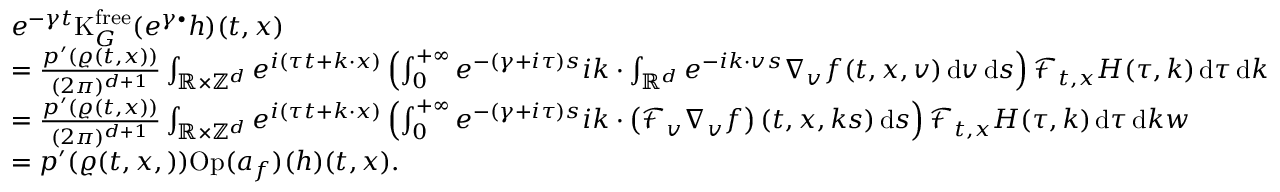
\begin{array} { r l } & { e ^ { - \gamma t } \mathrm { K } _ { G } ^ { \mathrm { f r e e } } ( e ^ { \gamma \bullet } h ) ( t , x ) } \\ & { = \frac { p ^ { \prime } ( \varrho ( t , x ) ) } { ( 2 \pi ) ^ { d + 1 } } \int _ { \mathbb R \times \mathbb Z ^ { d } } e ^ { i ( \tau t + k \cdot x ) } \left( \int _ { 0 } ^ { + \infty } e ^ { - ( \gamma + i \tau ) s } i k \cdot \int _ { \mathbb R ^ { d } } e ^ { - i k \cdot v s } \nabla _ { v } f ( t , x , v ) \, \mathrm { d } v \, \mathrm { d } s \right) \mathcal { F } _ { t , x } H ( \tau , k ) \, \mathrm { d } \tau \, \mathrm { d } k } \\ & { = \frac { p ^ { \prime } ( \varrho ( t , x ) ) } { ( 2 \pi ) ^ { d + 1 } } \int _ { \mathbb R \times \mathbb Z ^ { d } } e ^ { i ( \tau t + k \cdot x ) } \left( \int _ { 0 } ^ { + \infty } e ^ { - ( \gamma + i \tau ) s } i k \cdot \left( \mathcal { F } _ { v } \nabla _ { v } f \right) ( t , x , k s ) \, \mathrm { d } s \right) \mathcal { F } _ { t , x } H ( \tau , k ) \, \mathrm { d } \tau \, \mathrm { d } k w } \\ & { = p ^ { \prime } ( \varrho ( t , x , ) ) \mathrm { O p } ( a _ { f } ) ( h ) ( t , x ) . } \end{array}